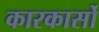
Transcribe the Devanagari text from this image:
कारकार्सो